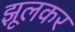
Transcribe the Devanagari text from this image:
झूलकर